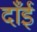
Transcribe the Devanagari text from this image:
दाँईं